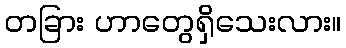
တခြား ဟာတွေရှိသေးလား။